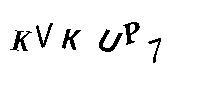
KVKUP7